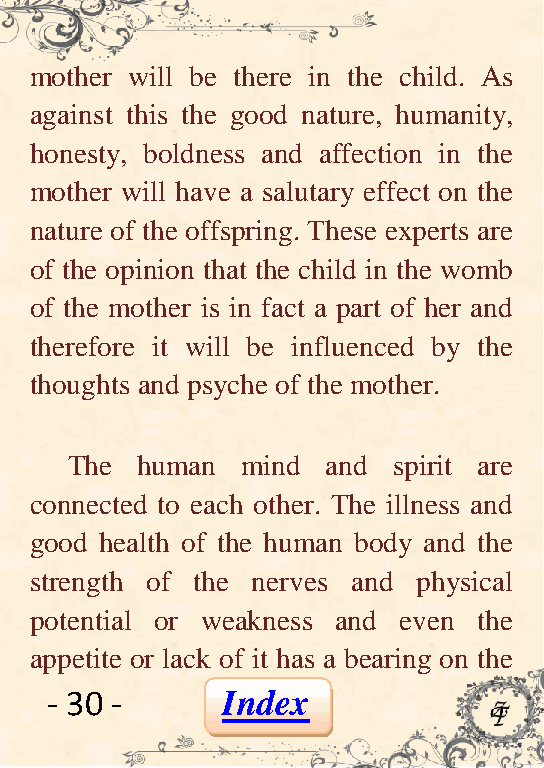
mother will be there in the child. As
 against this the good nature, humanity,
 honesty, boldness and affection in the
 mother will have a salutary effect on the
 nature of the offspring. These experts are
 of the opinion that the child in the womb
 of the mother is in fact a part of her and
 therefore it will be influenced by the
 thoughts and psyche of the mother.
 The  human  mind  and spirit are
 connected to each other. The illness and
 good health of the human body and the
 strength of the nerves and physical
 potential or weakness and even the
 appetite or lack of it has a bearing on the
 - 30 -      Index